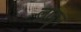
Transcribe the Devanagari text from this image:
लादुन